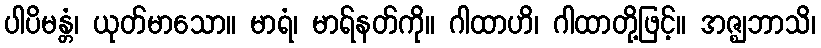
ပါပိမန္တံ၊ ယုတ်မာသော။ မာရံ၊ မာရ်နတ်ကို။ ဂါထာဟိ၊ ဂါထာတို့ဖြင့်။ အဇ္ဈဘာသိ၊